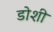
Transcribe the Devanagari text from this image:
डोशी